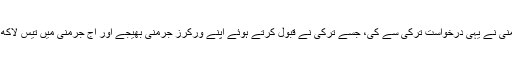
بعد ازاں، جرمنی نے یہی درخواست ترکی سے کی، جسے ترکی نے قبول کرتے ہوئے اپنے ورکرز جرمنی بھیجے اور آج جرمنی میں تیس لاکھ ترک آباد ہیں۔